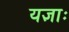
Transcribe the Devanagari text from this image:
यज्ञाः